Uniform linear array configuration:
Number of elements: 48
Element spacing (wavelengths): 1
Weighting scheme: hamming
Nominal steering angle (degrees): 45
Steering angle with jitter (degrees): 43.017
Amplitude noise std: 0.05
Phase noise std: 0.05

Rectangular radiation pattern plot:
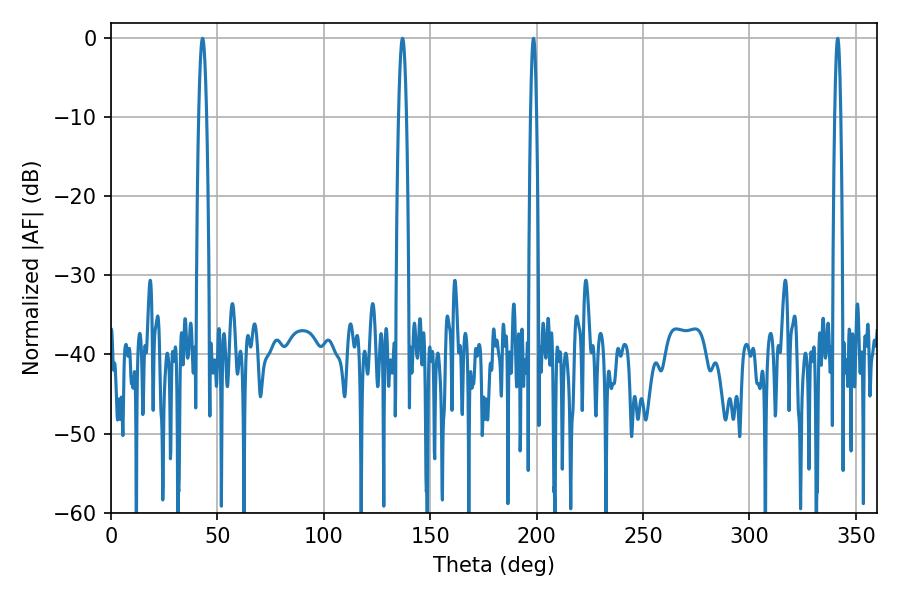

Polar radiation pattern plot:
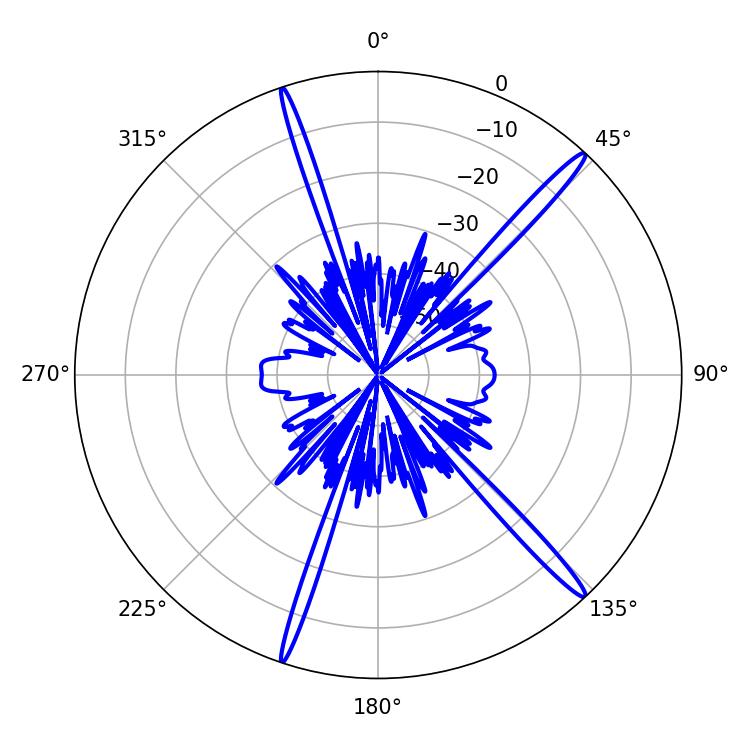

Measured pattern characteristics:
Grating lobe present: TRUE
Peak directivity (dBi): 17.65
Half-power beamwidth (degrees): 1.98
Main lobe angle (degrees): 43.02